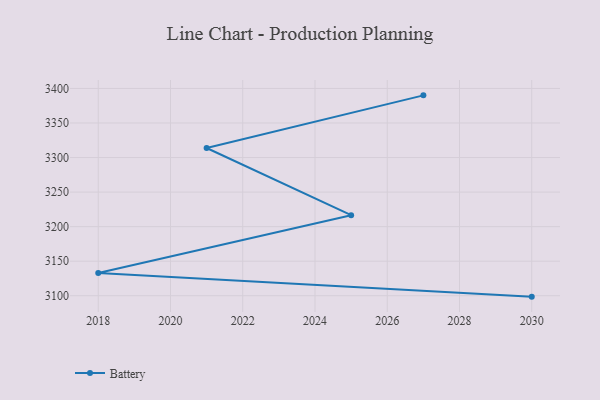
{"axis": {"x": "Year", "y": "Page Views"}, "legend": ["Battery"], "data": [{"x": "2027", "y": 3390.0, "type": "Battery"}, {"x": "2021", "y": 3313.8, "type": "Battery"}, {"x": "2025", "y": 3216.6, "type": "Battery"}, {"x": "2018", "y": 3132.9, "type": "Battery"}, {"x": "2030", "y": 3098.7, "type": "Battery"}]}